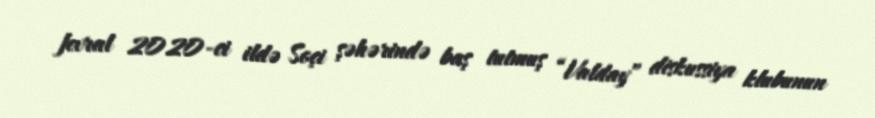
fevral 2020-ci ildə Soçi şəhərində baş tutmuş “Valday” diskussiya klubunun